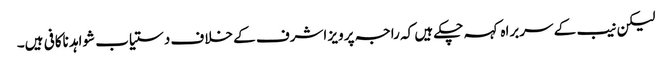
لیکن نیب کے سربراہ کہہ چکے ہیں کہ راجہ پرویز اشرف کے خلاف دستیاب شواہد ناکافی ہیں۔